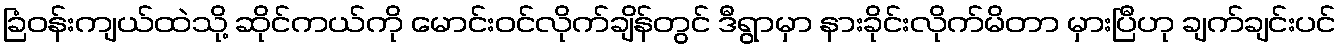
ခြံဝန်းကျယ်ထဲသို့ ဆိုင်ကယ်ကို မောင်းဝင်လိုက်ချိန်တွင် ဒီရွာမှာ နားခိုင်းလိုက်မိတာ မှားပြီဟု ချက်ချင်းပင်